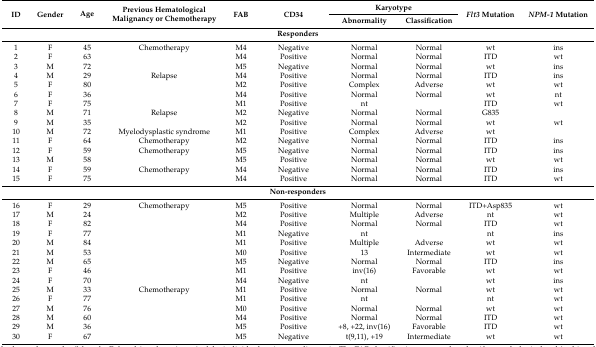
<table><thead><tr><td rowspan="2"><b>ID</b></td><td rowspan="2"><b>Gender</b></td><td rowspan="2"><b>Age</b></td><td rowspan="2"><b>Previous Hematological Malignancy or Chemotherapy</b></td><td rowspan="2"><b>FAB</b></td><td rowspan="2"><b>CD34</b></td><td colspan="2"><b>Karyotype</b></td><td rowspan="2"><b><i>Flt3</i> Mutation</b></td><td rowspan="2"><b><i>NPM-1</i> Mutation</b></td></tr><tr><td><b>Abnormality</b></td><td><b>Classification</b></td></tr></thead><tbody><tr><td colspan="10"><b>Responders</b></td></tr><tr><td>1</td><td>F</td><td>45</td><td>Chemotherapy</td><td>M4</td><td>Negative</td><td>Normal</td><td>Normal</td><td>wt</td><td>ins</td></tr><tr><td>2</td><td>F</td><td>63</td><td></td><td>M4</td><td>Positive</td><td>Normal</td><td>Normal</td><td>ITD</td><td>wt</td></tr><tr><td>3</td><td>M</td><td>72</td><td></td><td>M5</td><td>Negative</td><td>Normal</td><td>Normal</td><td>wt</td><td>ins</td></tr><tr><td>4</td><td>M</td><td>29</td><td>Relapse</td><td>M4</td><td>Positive</td><td>Normal</td><td>Normal</td><td>ITD</td><td>ins</td></tr><tr><td>5</td><td>F</td><td>80</td><td></td><td>M2</td><td>Positive</td><td>Complex</td><td>Adverse</td><td>wt</td><td>wt</td></tr><tr><td>6</td><td>F</td><td>36</td><td></td><td>M4</td><td>Positive</td><td>Normal</td><td>Normal</td><td>wt</td><td>nt</td></tr><tr><td>7</td><td>F</td><td>75</td><td></td><td>M1</td><td>Positive</td><td>nt</td><td></td><td>ITD</td><td>wt</td></tr><tr><td>8</td><td>M</td><td>71</td><td>Relapse</td><td>M2</td><td>Negative</td><td>Normal</td><td>Normal</td><td>G835</td><td></td></tr><tr><td>9</td><td>M</td><td>35</td><td></td><td>M2</td><td>Positive</td><td>Normal</td><td>Normal</td><td>wt</td><td>wt</td></tr><tr><td>10</td><td>M</td><td>72</td><td>Myelodysplastic syndrome</td><td>M1</td><td>Positive</td><td>Complex</td><td>Adverse</td><td>wt</td><td></td></tr><tr><td>11</td><td>F</td><td>64</td><td>Chemotherapy</td><td>M2</td><td>Negative</td><td>Normal</td><td>Normal</td><td>ITD</td><td>ins</td></tr><tr><td>12</td><td>F</td><td>59</td><td>Chemotherapy</td><td>M5</td><td>Negative</td><td>Normal</td><td>Normal</td><td>ITD</td><td>ins</td></tr><tr><td>13</td><td>M</td><td>58</td><td></td><td>M5</td><td>Positive</td><td>Normal</td><td>Normal</td><td>wt</td><td>wt</td></tr><tr><td>14</td><td>F</td><td>59</td><td>Chemotherapy</td><td>M4</td><td>Negative</td><td>Normal</td><td>Normal</td><td>ITD</td><td>ins</td></tr><tr><td>15</td><td>F</td><td>75</td><td></td><td>M4</td><td>Positive</td><td>Normal</td><td>Normal</td><td>ITD</td><td>wt</td></tr><tr><td colspan="10"><b>Non-responders</b></td></tr><tr><td>16</td><td>F</td><td>29</td><td>Chemotherapy</td><td>M5</td><td>Positive</td><td>Normal</td><td>Normal</td><td>ITD+Asp835</td><td>wt</td></tr><tr><td>17</td><td>M</td><td>24</td><td></td><td>M2</td><td>Positive</td><td>Multiple</td><td>Adverse</td><td>nt</td><td>wt</td></tr><tr><td>18</td><td>F</td><td>82</td><td></td><td>M4</td><td>Positive</td><td>Normal</td><td>Normal</td><td>ITD</td><td>wt</td></tr><tr><td>19</td><td>F</td><td>77</td><td></td><td>M1</td><td>Negative</td><td>nt</td><td></td><td>nt</td><td>ins</td></tr><tr><td>20</td><td>M</td><td>84</td><td></td><td>M1</td><td>Positive</td><td>Multiple</td><td>Adverse</td><td>wt</td><td>wt</td></tr><tr><td>21</td><td>M</td><td>53</td><td></td><td>M0</td><td>Positive</td><td>13</td><td>Intermediate</td><td>wt</td><td>wt</td></tr><tr><td>22</td><td>M</td><td>65</td><td></td><td>M5</td><td>Negative</td><td>Normal</td><td>Normal</td><td>ITD</td><td>ins</td></tr><tr><td>23</td><td>F</td><td>46</td><td></td><td>M1</td><td>Positive</td><td>inv(16)</td><td>Favorable</td><td>wt</td><td>wt</td></tr><tr><td>24</td><td>F</td><td>70</td><td></td><td>M4</td><td>Negative</td><td>nt</td><td></td><td>wt</td><td>ins</td></tr><tr><td>25</td><td>M</td><td>33</td><td>Chemotherapy</td><td>M1</td><td>Positive</td><td>Normal</td><td>Normal</td><td>wt</td><td>wt</td></tr><tr><td>26</td><td>F</td><td>77</td><td></td><td>M1</td><td>Positive</td><td>nt</td><td></td><td>nt</td><td>wt</td></tr><tr><td>27</td><td>M</td><td>76</td><td></td><td>M0</td><td>Positive</td><td>Normal</td><td>Normal</td><td>wt</td><td>wt</td></tr><tr><td>28</td><td>M</td><td>60</td><td></td><td>M4</td><td>Positive</td><td>Normal</td><td>Normal</td><td>ITD</td><td>wt</td></tr><tr><td>29</td><td>M</td><td>36</td><td></td><td>M5</td><td>Positive</td><td>+8, +22, inv(16)</td><td>Favorable</td><td>ITD</td><td>wt</td></tr><tr><td>30</td><td>F</td><td>67</td><td></td><td>M5</td><td>Negative</td><td>t(9,11), +19</td><td>Intermediate</td><td>wt</td><td>wt</td></tr></tbody></table>